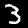
Digit: 3